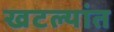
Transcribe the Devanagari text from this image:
खटल्यांत